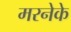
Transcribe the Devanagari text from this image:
मरनेके